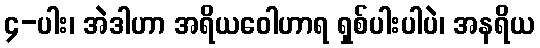
၄-ပါး၊ အဲဒါဟာ အရိယဝေါဟာရ ရှစ်ပါးပါပဲ၊ အနရိယ